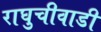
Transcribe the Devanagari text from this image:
राघुचीवाडी